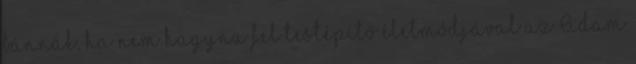
bánnák, ha nem hagyna fel testépítő életmódjával az Adam